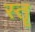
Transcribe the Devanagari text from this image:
स्‍तॄ